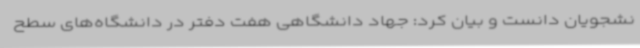
نشجویان دانست و بیان کرد: جهاد دانشگاهی هفت دفتر در دانشگاه‌های سطح